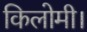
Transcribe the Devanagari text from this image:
किलोमी।